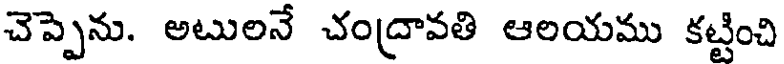
చెప్పెను. అటులనే చంద్రావతి ఆలయము కట్టించి